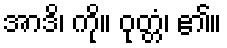
အာဒိ၊ ကို။ ဝုတ္တံ၊ ၏။